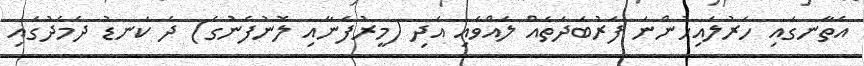
އެތާނގައި ހަރުލައިހުންނަ ފަރުބަދަތައް ލައްވައި އަދި (މީރުފެނާއި ލޮނުފެނުގެ) ދެ ކަނޑު ދެމެދުގައި